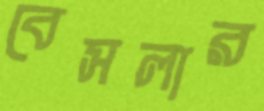
বেসলার